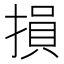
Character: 損